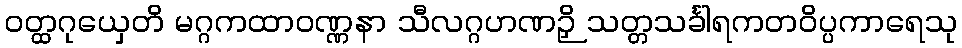
ဝတ္ထဂုယှေတိ မဂ္ဂကထာဝဏ္ဏနာ သီလဂ္ဂဟဏဉှိ သတ္တသင်္ခါရကတဝိပ္ပကာရေသု